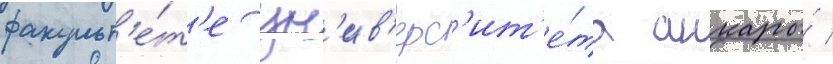
факульт'е́т'е ун'ив'ерс'ит'е́та анкары́ /